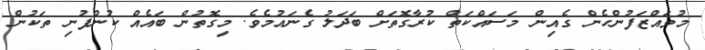
މުވައްޒަފުންހެން ގެއިން މަސައްކަތް ކުރާގޮތަށް ބަދަލު ގެނައުމެވެ. މިގޮތުން ބައެއް ކުންފުނި ތަކުން